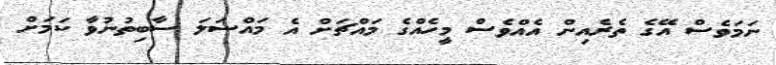
ނަމަވެސް އޭގެ ތެރެއިން އެއްވެސް މީހެއްގެ މައްޗަށް އެ މައްސަލަ ސާބިތުނުވާ ކަމަށް